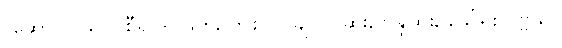
(ဆောင်) ဖွပ်- စီရင်- ဖြတ်, တွဲစပ်- ချုပ်- ဆိုး, ဗိန္ဒုထိုး, ခေါ်ရိုး ပုဗ္ဗသိ။